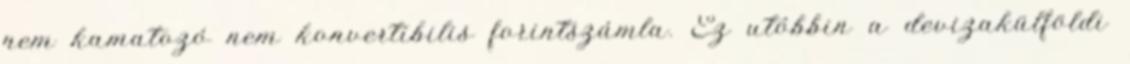
nem kamatozó nem konvertibilis forintszámla. Ez utóbbin a devizakülföldi